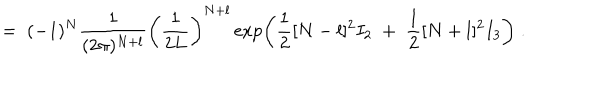
= \; ( - 1 ) ^ { N } \frac { 1 } { ( 2 \pi ) ^ { N + l } } \left( \frac { 1 } { 2 L } \right) ^ { N + l } \exp \left( \frac { 1 } { 2 } [ N - l ] ^ { 2 } I _ { 2 } \; + \; \frac { 1 } { 2 } [ N + l ] ^ { 2 } I _ { 3 } \right) \; .